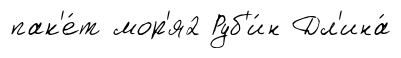
пак'е́т мор'я2 Руб'и́н Дл'ина́